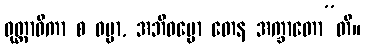
ဝုတ္တာဓိကာ စ ဓမ္မာ, အဘိဓမ္မော တေန အက္ခာတော”တိ။